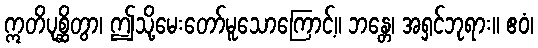
ဣတိပုစ္ဆိတွာ၊ ဤသို့မေးတော်မူသောကြောင့်။ ဘန္တေ၊ အရှင်ဘုရား။ ဧဝံ၊